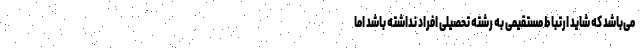
می‌باشد که شاید ارتباط مستقیمی به رشته تحصیلی افراد نداشته باشد اما